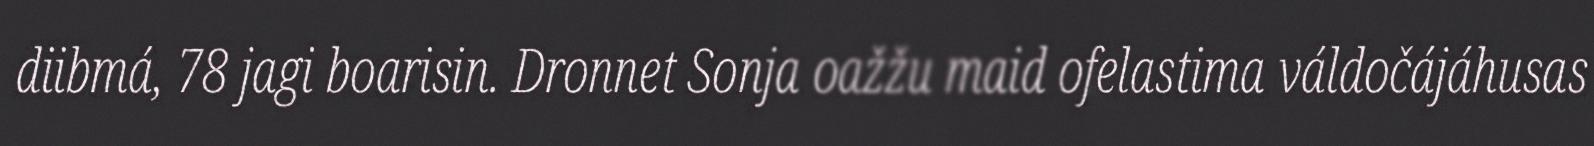
diibmá, 78 jagi boarisin. Dronnet Sonja oažžu maid ofelastima váldočájáhusas